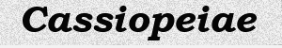
Cassiopeiae